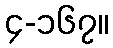
၄-၁၆၇။